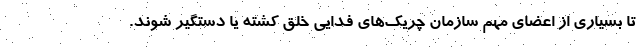
تا بسیاری از اعضای مهم سازمان چریک‌های فدایی خلق کشته یا دستگیر شوند.